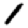
Digit: 1